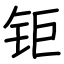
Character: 钜